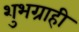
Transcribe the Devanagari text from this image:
शुभग्राही